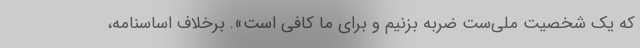
که یک شخصیت ملی‌ست ضربه بزنیم و برای ما کافی است». برخلاف اساسنامه،